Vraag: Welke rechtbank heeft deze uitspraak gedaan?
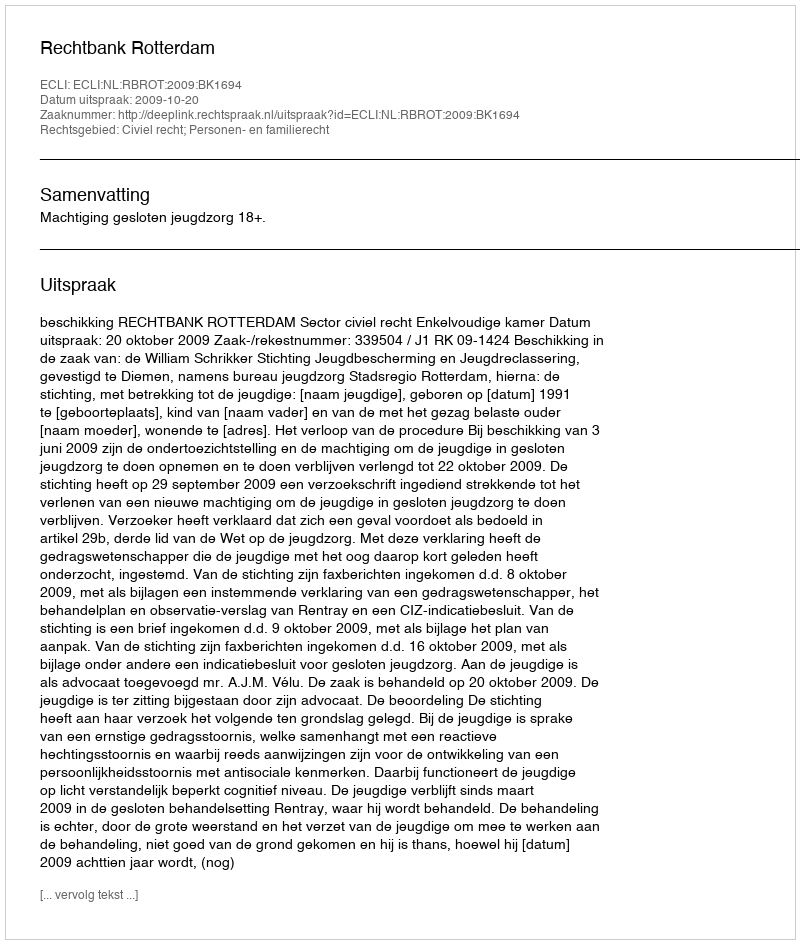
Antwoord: Rechtbank Rotterdam